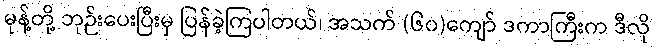
မုန့်တို့ ဘုဉ်းပေးပြီးမှ ပြန်ခဲ့ကြပါတယ်၊ အသက် (၆၀)ကျော် ဒကာကြီးက ဒီလို